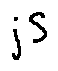
j S